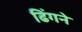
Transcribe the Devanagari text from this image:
ढिंगने